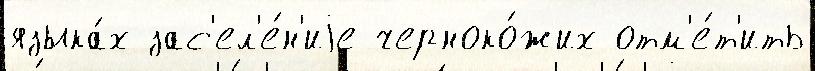
языка́х зас'ел'е́н'иjе черноко́жих отм'е́т'ить